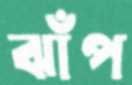
ঝাঁপ